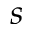
s